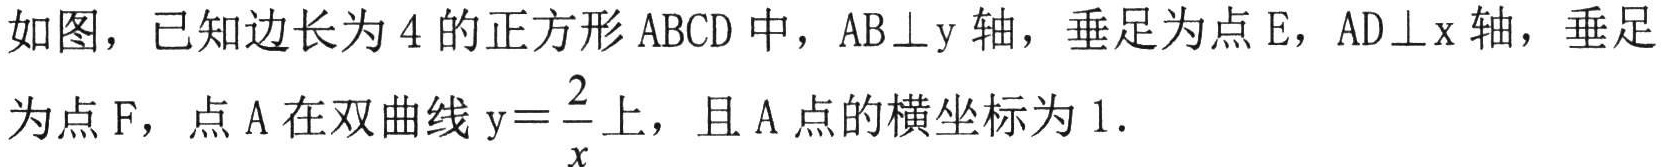
如图，已知边长为\(4\)的正方形\(ABCD\)中，\(AB\perp y\)轴，垂足为点\(E\)，\(AD\perp x\)轴，垂足为点\(F\)，点\(A\)在双曲线\(y = \dfrac{2}{x}\)上，且\(A\)点的横坐标为\(1\).